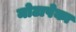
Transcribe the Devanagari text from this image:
मोटापेका